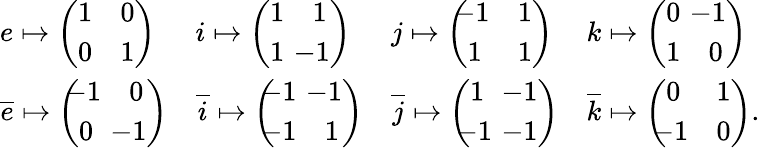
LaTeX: {\begin{array}{llll}{e\mapsto{\left(\begin{array}{ll}{1}&{0}\\ {0}&{1}\end{array}\right)}}&{i\mapsto{\left(\begin{array}{ll}{1}&{1}\\ {1}&{\! \! \! \! -1}\end{array}\right)}}&{j\mapsto{\left(\begin{array}{ll}{\! \! \! -1}&{1}\\ {1}&{1}\end{array}\right)}}&{k\mapsto{\left(\begin{array}{ll}{0}&{\! \! \! \! -1}\\ {1}&{0}\end{array}\right)}}\\ {{\overline{{e}}}\mapsto{\left(\begin{array}{ll}{\! \! \! -1}&{0}\\ {0}&{\! \! \! \! -1}\end{array}\right)}}&{{\overline{{i}}}\mapsto{\left(\begin{array}{ll}{\! \! \! -1}&{\! \! \! \! -1}\\ {\! \! \! -1}&{1}\end{array}\right)}}&{{\overline{{j}}}\mapsto{\left(\begin{array}{ll}{1}&{\! \! \! \! -1}\\ {\! \! \! -1}&{\! \! \! \! -1}\end{array}\right)}}&{{\overline{{k}}}\mapsto{\left(\begin{array}{ll}{0}&{1}\\ {\! \! \! -1}&{0}\end{array}\right)}.}\end{array}}